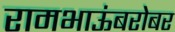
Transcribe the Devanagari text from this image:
रामभाऊंबरोबर